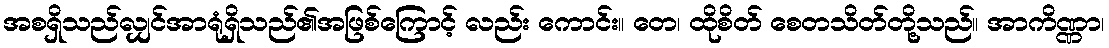
အစရှိသည်လျှင်အာရုံရှိသည်၏အဖြစ်ကြောင့် လည်း ကောင်း။ တေ၊ ထိုစိတ် စေတသိတ်တို့သည်။ အာကိဏ္ဏာ၊